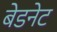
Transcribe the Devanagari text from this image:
बेडनेट